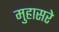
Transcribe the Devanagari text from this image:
मुहासरे